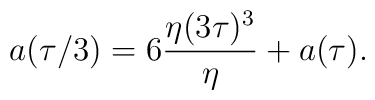
a(\tau/3) =  6{\eta (3\tau)^3 \over\eta} + a(\tau).